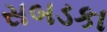
સબડકા